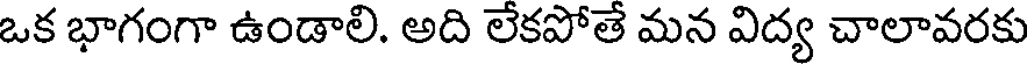
ఒక భాగంగా ఉండాలి. అది లేకపోతే మన విద్య చాలావరకు